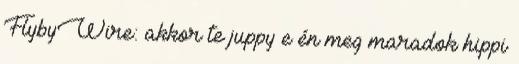
FlybyWire: akkor te juppy e én meg maradok hippi